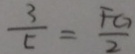
\frac { 3 } { 5 } = \frac { F G } { 2 }